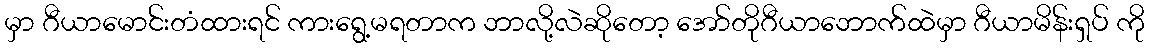
မှာ ဂီယာမောင်းတံထားရင် ကားရွေ့မရတာက ဘာလို့လဲဆိုတော့ အော်တိုဂီယာဘောက်ထဲမှာ ဂီယာမိန်းရှပ် ကို